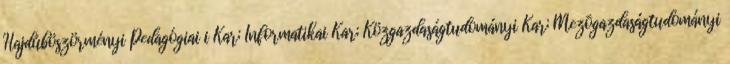
Hajdúböszörményi Pedagógiai i Kar; Informatikai Kar; Közgazdaságtudományi Kar; Mezõgazdaságtudományi